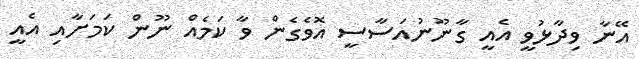
އޭނާ ވިދާޅުވީ އެއީ ގާނޫނުއަސާސީ އޮވެގެން ވާ ކަމެއް ނޫން ކަމަށާއި އެއީ